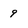
Character: 9